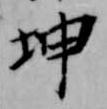
坤